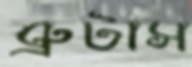
ব্রুটাস